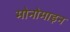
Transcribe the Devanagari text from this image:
मोनोमाइन